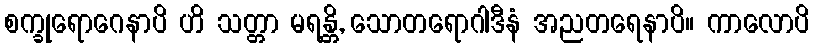
စက္ခုရောဂေနာပိ ဟိ သတ္တာ မရန္တိ, သောတရောဂါဒီနံ အညတရေနာပိ။ ကာလောပိ